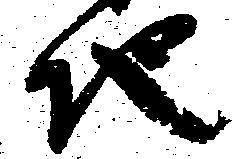
地